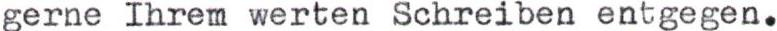
gerne Ihrem werten Schreiben entgegen.